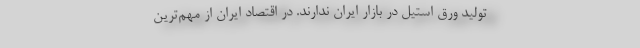
تولید ورق استیل در بازار ایران ندارند. در اقتصاد ایران از مهم‌ترین